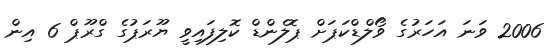
2006 ވަނަ އަހަރުގެ ވޯލްޑްކަޕަށް ޕޮލެންޑް ކޮލިފައިވީ ޔޫރަޕުގެ ގްރޫޕް 6 އިން